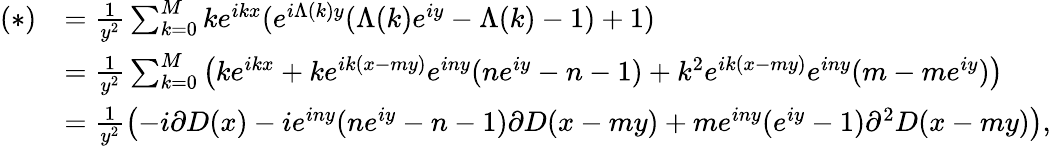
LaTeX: \begin{array}{rl}{(*)}&{=\frac{1}{y^{2}}\sum_{k=0}^{M}ke^{ikx}(e^{i\Lambda(k)y}(\Lambda(k)e^{iy}-\Lambda(k)-1)+1)}\\ &{=\frac{1}{y^{2}}\sum_{k=0}^{M}\left(ke^{ikx}+ke^{ik(x-my)}e^{iny}(ne^{iy}-n-1)+k^{2}e^{ik(x-my)}e^{iny}(m-me^{iy})\right)}\\ &{=\frac{1}{y^{2}}\left(-i\partial D(x)-ie^{iny}(ne^{iy}-n-1)\partial D(x-my)+me^{iny}(e^{iy}-1)\partial^{2}D(x-my)\right),}\end{array}